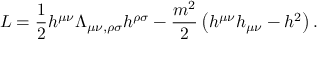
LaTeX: L = \frac { 1 } { 2 } h ^ { \mu \nu } \Lambda _ { \mu \nu , \rho \sigma } h ^ { \rho \sigma } - \frac { m ^ { 2 } } { 2 } \left( h ^ { \mu \nu } h _ { \mu \nu } - h ^ { 2 } \right) .